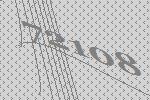
72108